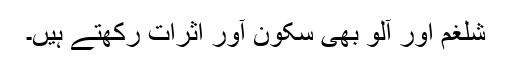
شلغم اور آلو بھی سکون آور اثرات رکھتے ہیں۔